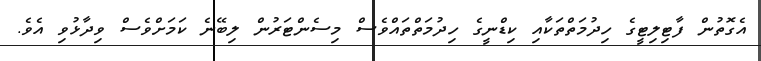
އެގޮތުން ފާޓިލިޓީގެ ހިދުމަތްތަކާއި ކިޑްނީގެ ހިދުމަތްތައްވެސް މިސެންޓަރުން ލިބޭނެ ކަމަށްވެސް ވިދާޅުވި އެވެ.